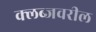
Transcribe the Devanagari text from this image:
क्लब्जवरील